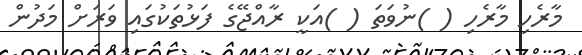
މާރެހި މާރެހި ( )ނުވަތަ ( )އަކީ ރާއްޖޭގެ ފަޅުތަކުގައި ވަރަށް މަދުން